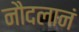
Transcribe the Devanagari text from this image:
नौदलानं